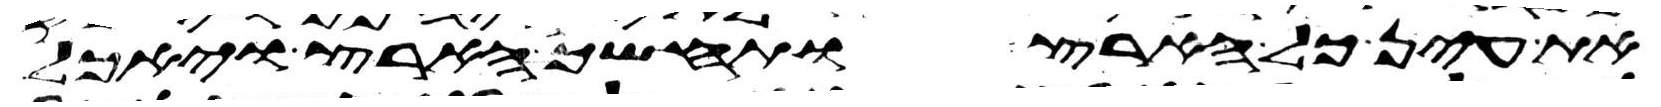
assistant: את עין כל הארץ ותחשך הארץ ויאכל